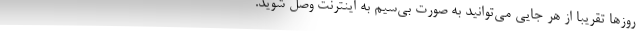
روزها تقریبا از هر جایی می‌توانید به صورت بی‌سیم به اینترنت وصل شوید.